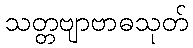
သတ္တဗျာဗာဓသုတ်